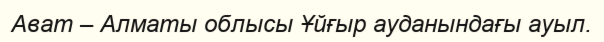
Ават – Алматы облысы Ұйғыр ауданындағы ауыл.